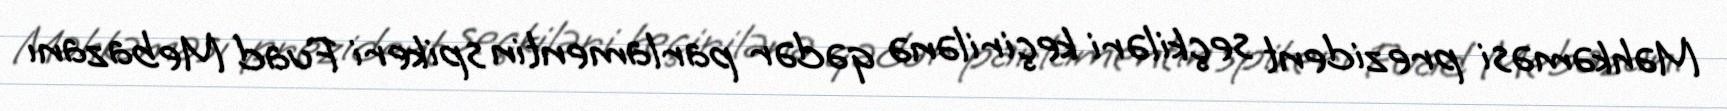
Məhkəməsi prezident seçkiləri keçirilənə qədər parlamentin spikeri Fuad Mebazanı